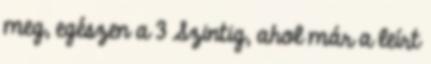
meg, egészen a 3 Szintig, ahol már a leírt